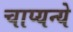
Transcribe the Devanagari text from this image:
चाप्यन्ये